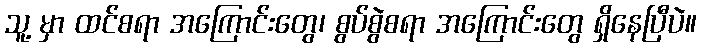
သူ့ မှာ ထင်စရာ အကြောင်းတွေ၊ စွပ်စွဲစရာ အကြောင်းတွေ ရှိနေပြီပဲ။